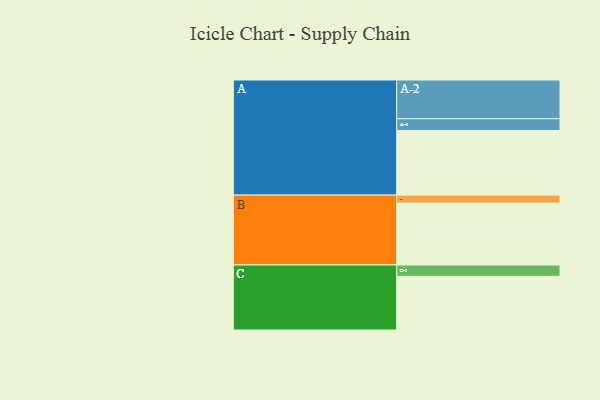
{"axis": {"x": "Segment", "y": "Value"}, "legend": ["", "A", "B", "C"], "data": [{"x": "A", "y": 494, "type": ""}, {"x": "B", "y": 473, "type": ""}, {"x": "C", "y": 410, "type": ""}, {"x": "A-1", "y": 90, "type": "A"}, {"x": "A-2", "y": 296, "type": "A"}, {"x": "B-1", "y": 61, "type": "B"}, {"x": "C-1", "y": 87, "type": "C"}]}